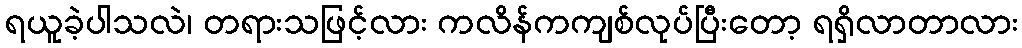
ရယူခဲ့ပါသလဲ၊ တရားသဖြင့်လား ကလိန်ကကျစ်လုပ်ပြီးတော့ ရရှိလာတာလား